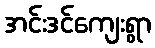
အင်းဒင်ကျေးရွာ